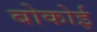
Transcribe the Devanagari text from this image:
बोकोई